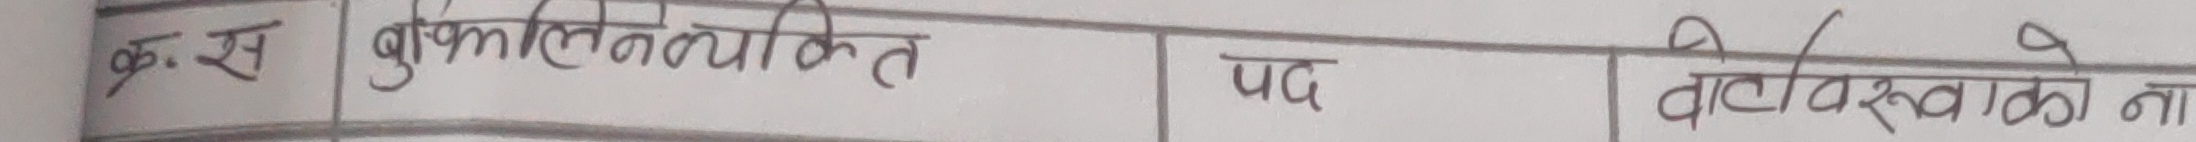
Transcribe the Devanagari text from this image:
क्र. स. बुँकलीन लिखित पद वटिरुस्वका ना